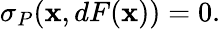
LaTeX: \sigma_{P}(\mathbf{x},dF(\mathbf{x}))=0.